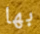
بها